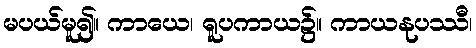
မပယ်မူ၍။ ကာယေ၊ ရူပကာယ၌။ ကာယနုပဿီ၊